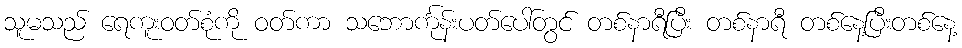
သူမသည် ရေကူးဝတ်စုံကို ဝတ်ကာ သဘောင်္ကုန်းပတ်ပေါ်တွင် တစ်နာရီပြီး တစ်နာရီ တစ်နေ့ပြီးတစ်နေ့